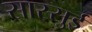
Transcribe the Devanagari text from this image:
सास्सुई